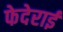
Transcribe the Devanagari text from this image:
फेदेराई